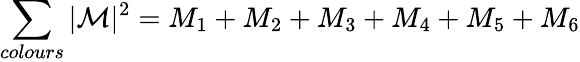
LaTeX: \sum_{colours}|\mathcal{M}|^{2}=M_{1}+M_{2}+M_{3}+M_{4}+M_{5}+M_{6}